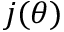
j ( \theta )